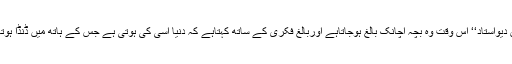
’’جان دیواستاد‘‘ اُس وقت وہ بچہ اچانک بالغ ہوجاتاہے اوربالغ فکری کے ساتھ کہتاہے کہ دنیا اُسی کی ہوتی ہے جس کے ہاتھ میں ڈنڈا ہوتا ہے۔